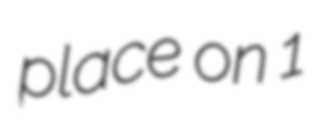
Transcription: place on 1